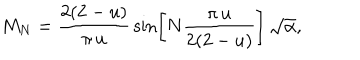
LaTeX: M _ { N } = \frac { 2 ( 2 - u ) } { \pi \, u } \, \sin \left[ N \frac { \pi \, u } { 2 ( 2 - u ) } \right] \, \sqrt { \alpha } ,